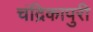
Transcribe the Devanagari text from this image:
चंद्रिकापुरी